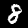
Digit: 8